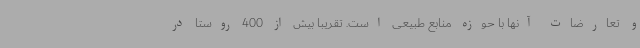
و تعارضات آنها با حوزه منابع طبیعی است. تقریبا بیش از 400 روستا در